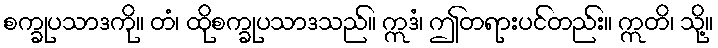
စက္ခုပသာဒကို။ တံ၊ ထိုစက္ခုပသာဒသည်။ ဣဒံ၊ ဤတရားပင်တည်း။ ဣတိ၊ သို့။